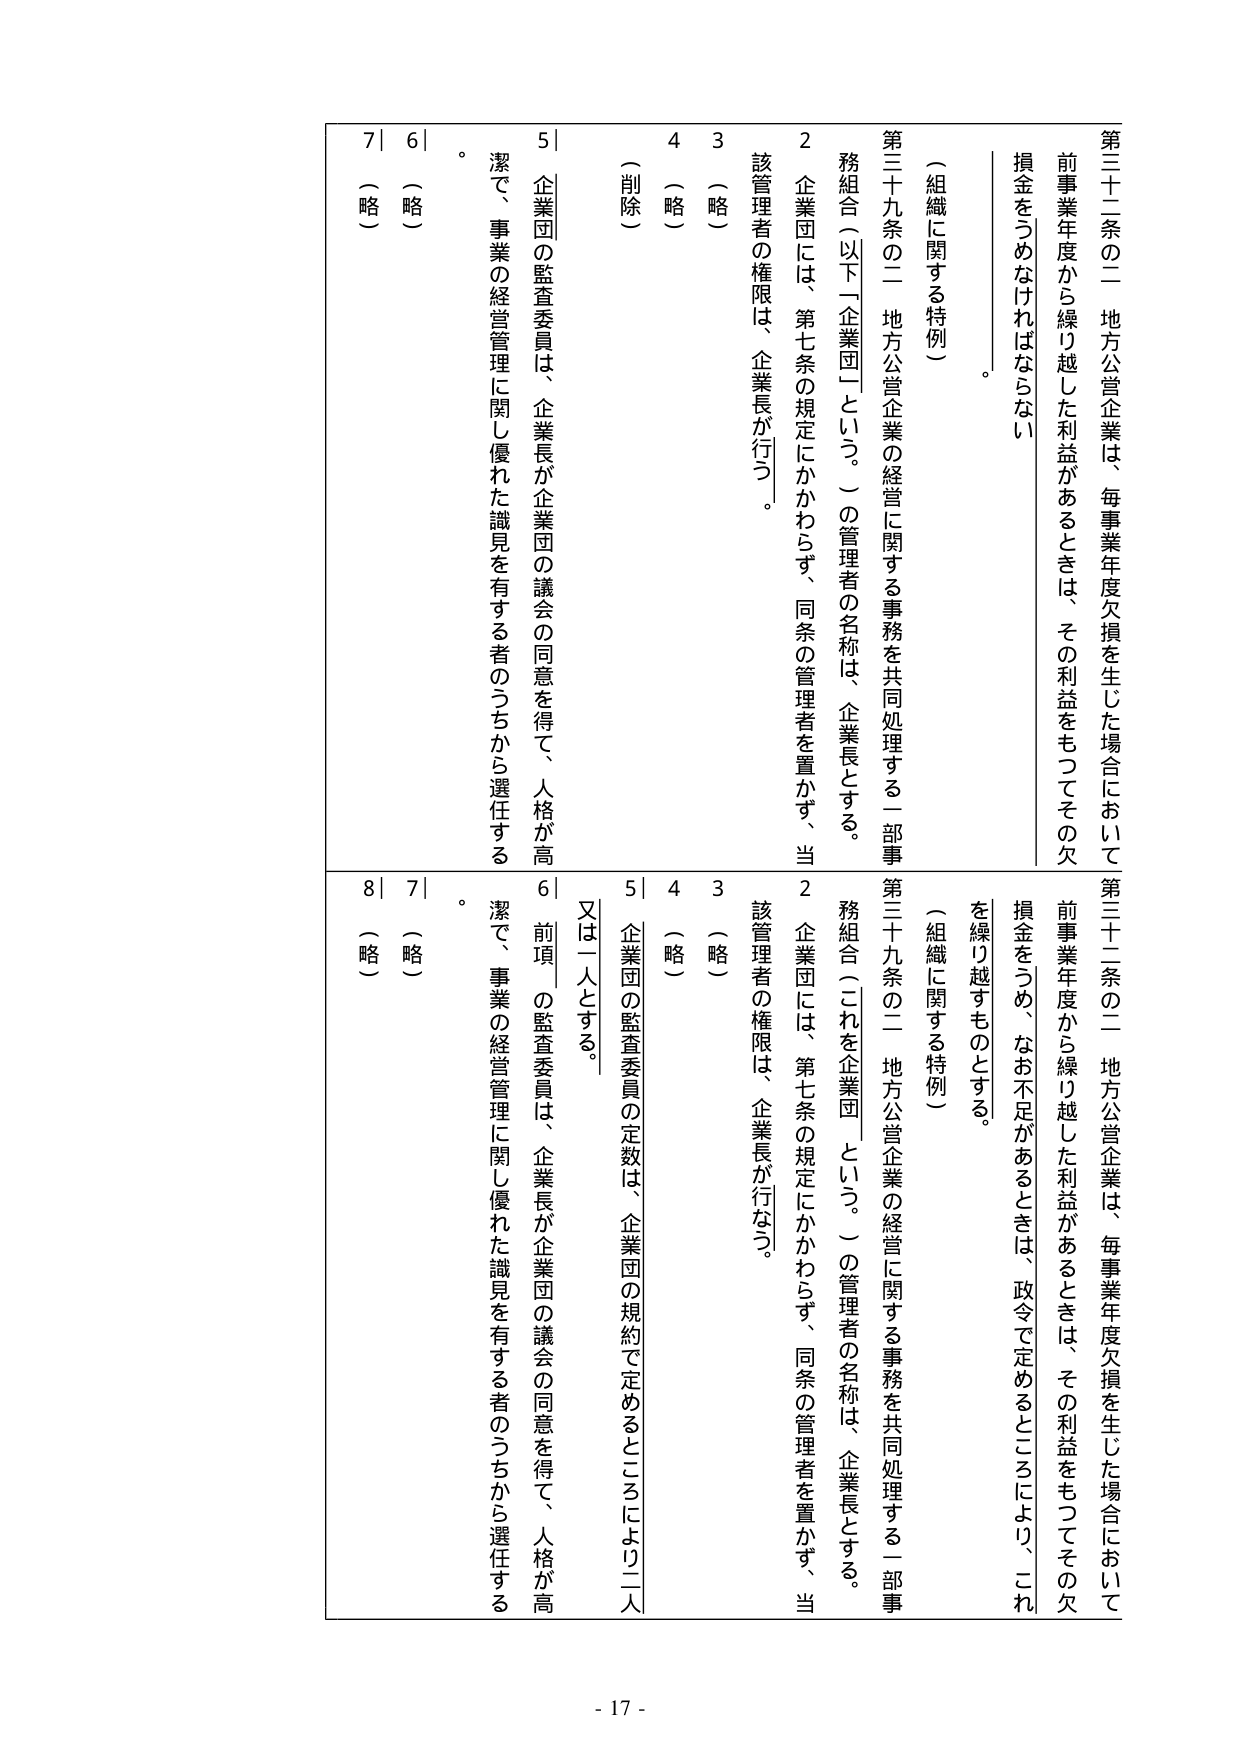
第三十二条の二 地方公営企業は、毎事業年度欠損を生じた場合において
前事業年度から繰り越した利益があるときは、その利益をもってその欠
損金をつめなければならない。

（組織に関する特例）
第三十九条の二 地方公営企業の経営に関する事務を共同処理する一部事
務組合（以下「企業団」という。）の管理者の名称は、企業長とする。
２ 企業団には、第七条の規定にかかわらず、同条の管理者を置かず、当
該管理者の権限は、企業長が行う。
３ （略）
４ （略）
５ 企業団の監査委員は、企業長が企業団の議会の同意を得て、人格が高
潔で、事業の経営管理に関し優れた識見を有する者のうちから選任する
。
６ （略）
７ （略）
８ （略）

第三十二条の二 地方公営企業は、毎事業年度欠損を生じた場合において
前事業年度から繰り越した利益があるときは、その利益をもってその欠
損金をつめ、なお不足があるときは、政令で定めるところにより、これ
を繰り越すものとする。

（組織に関する特例）
第三十九条の二 地方公営企業の経営に関する事務を共同処理する一部事
務組合（これを企業団という。）の管理者の名称は、企業長とする。
２ 企業団には、第七条の規定にかかわらず、同条の管理者を置かず、当
該管理者の権限は、企業長が行なう。
３ （略）
４ （略）
５ 企業団の監査委員の定数は、企業団の規約で定めるところにより二人
又は一人とする。
６ 前項の監査委員は、企業長が企業団の議会の同意を得て、人格が高
潔で、事業の経営管理に関し優れた識見を有する者のうちから選任する
。
７ （略）
８ （略）

- 17 -